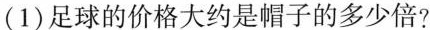
(1)足球的价格大约是帽子的多少倍?